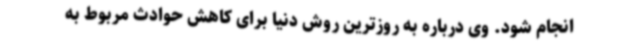
انجام شود. وی درباره به روزترین روش دنیا برای کاهش حوادث مربوط به